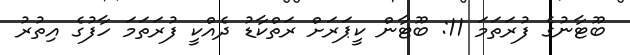
ބޫޓާނުގެ ފުރަތަމަ 11: ބޫޓާން ކީޕަރަށް ރަތްކާޑު ދެއްކީ ފުރަތަމަ ހާފުގެ އިތުރު